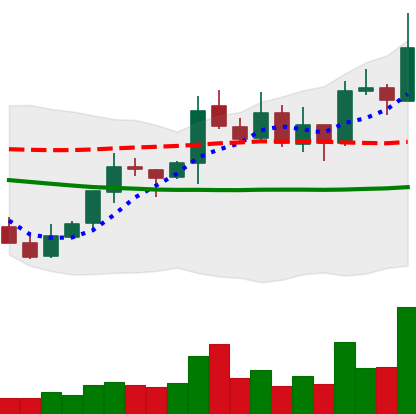
Ticker: XLM-USD
Chart end date: 2021-10-16
Forward return: -5.928%
Label: down_5_7